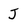
Character: j